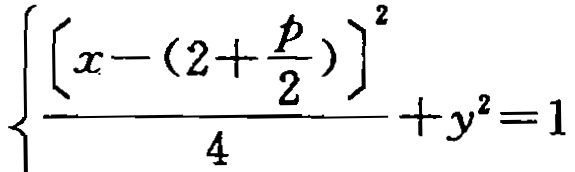
\[\frac{\left[x - \left(2 + \frac{p}{2}\right)\right]^2}{4} + y^2 = 1\]